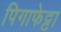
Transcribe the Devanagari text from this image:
पिगाफेट्टा